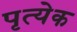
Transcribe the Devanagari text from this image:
पृत्येक